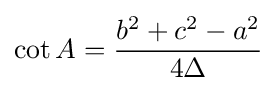
\cot A={\frac {b^{2}+c^{2}-a^{2}}{4\Delta }}